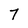
Character: 7